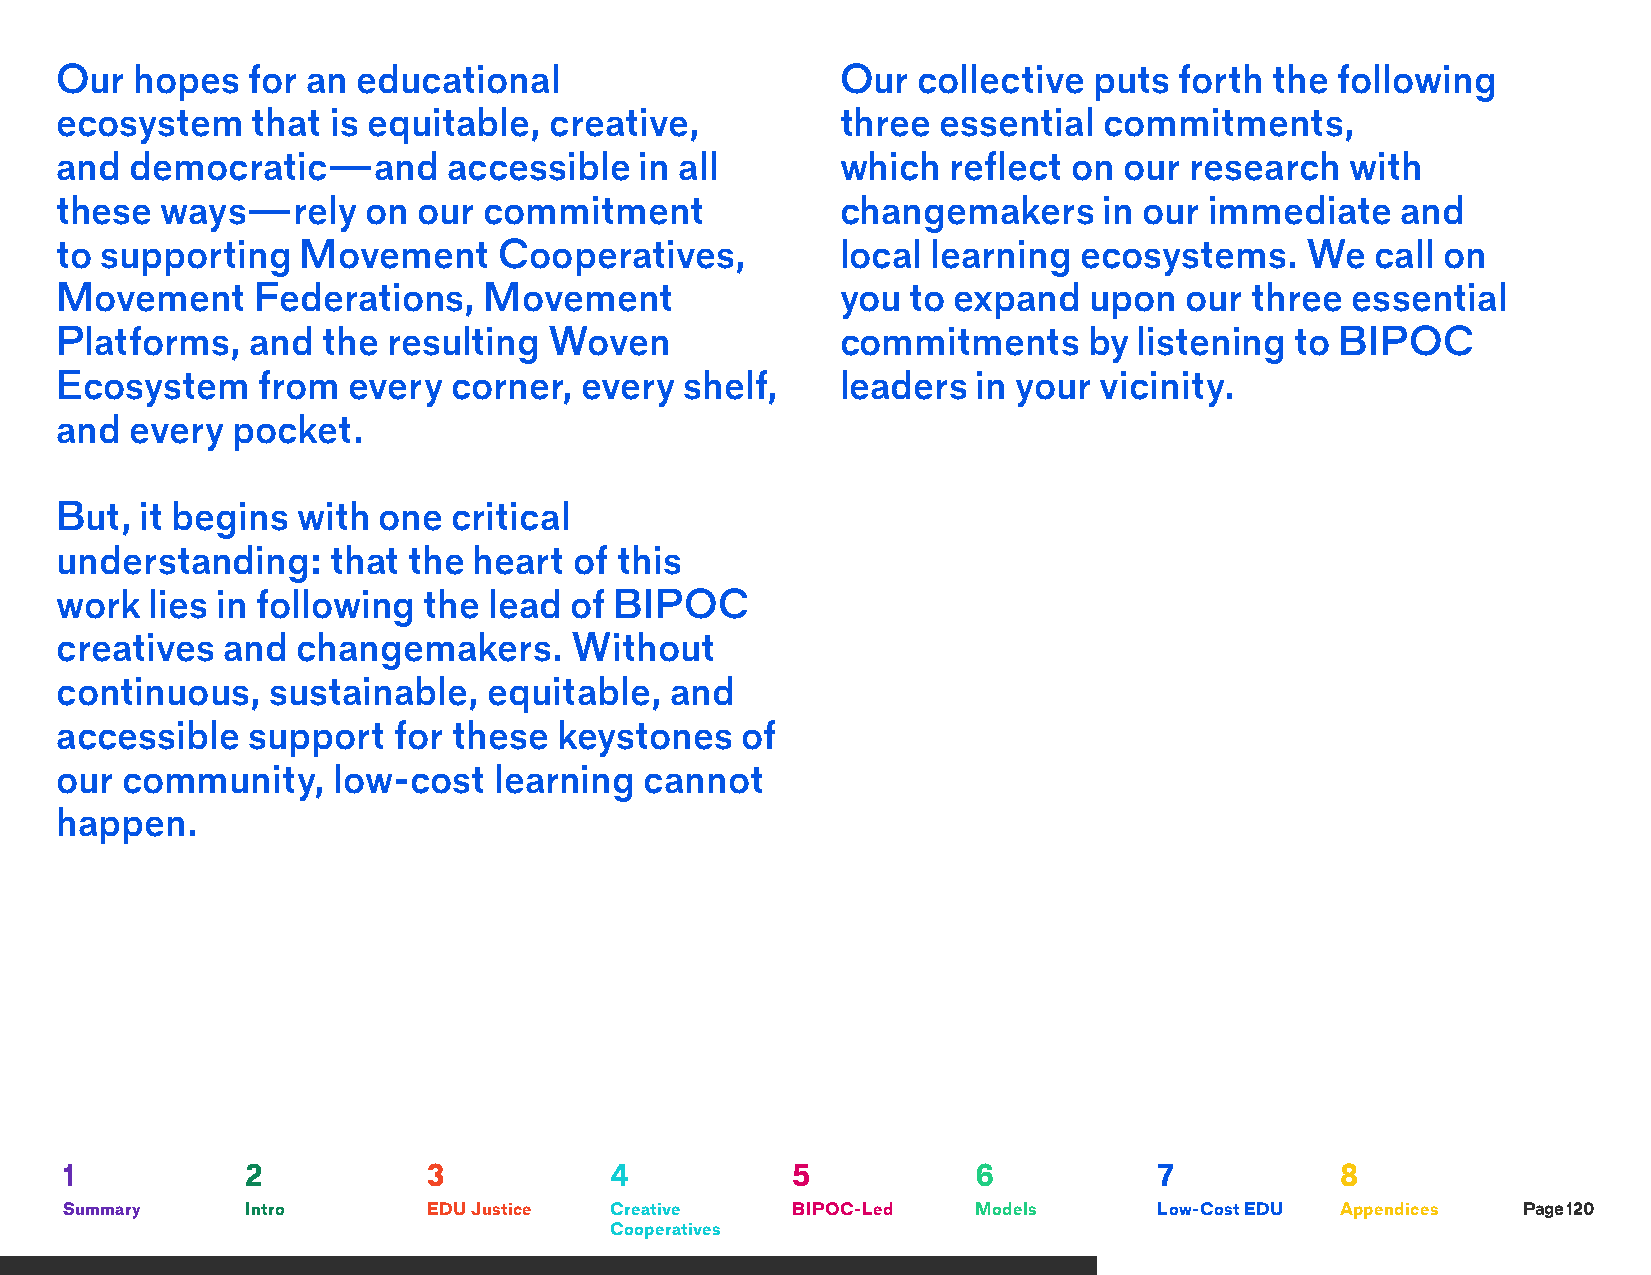
Our  hopes  for an  educational                     Our  collective puts  forth the following
 ecosystem    that is equitable, creative,           three essential  commitments,
 and  democratic—and       accessible  in all        which  reflect on our  research  with
 these  ways—rely    on  our commitment              changemakers     in our immediate    and
 to supporting   Movement     Cooperatives,          local learning ecosystems.    We   call on
 Movement     Federations,   Movement                you to expand   upon  our  three essential
 Platforms,   and the  resulting Woven               commitments     by listening  to BIPOC
 Ecosystem    from  every  corner, every  shelf,     leaders  in your vicinity.
 and  every pocket.
 But, it begins  with one  critical
 understanding:    that the heart  of this
 work  lies in following the lead  of BIPOC
 creatives  and  changemakers.     Without
 continuous,   sustainable,  equitable,  and
 accessible  support   for these  keystones   of
 our community,    low-cost   learning  cannot
 happen.
 1           2           3           4           5            6           7           8
 Summary     Intro       EDU Justice Creative    BIPOC-Led    Models      Low-Cost EDU Appendices Page 120
 Cooperatives